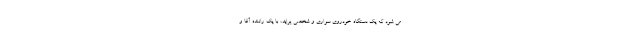
می شود که یک دستگاه خودروی سواری و شخصی پراید، با یک راننده آقا و